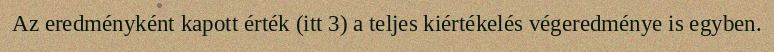
Az eredményként kapott érték (itt 3) a teljes kiértékelés végeredménye is egyben.